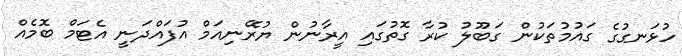
ހުޅަނގުގެ ގައުމުތަކުން ގަބޫލު ކުރާ ގޮތުގައި އީރާނުން ޔުރޭނިއަމް އުފައްދަނީ އެޓަމް ބޮމެއް